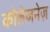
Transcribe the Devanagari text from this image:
कोलेजनेज़